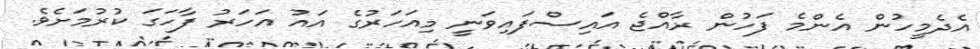
އެދެމީހުން އެންމެ ފަހުން ރާއްޖެ އައިސްފައިވަނީ މިއަހަރުގެ އައު އަހަރު ފާހަގަ ކުރުމަށެވެ.